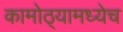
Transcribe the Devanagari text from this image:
कामोठ्यामध्येच